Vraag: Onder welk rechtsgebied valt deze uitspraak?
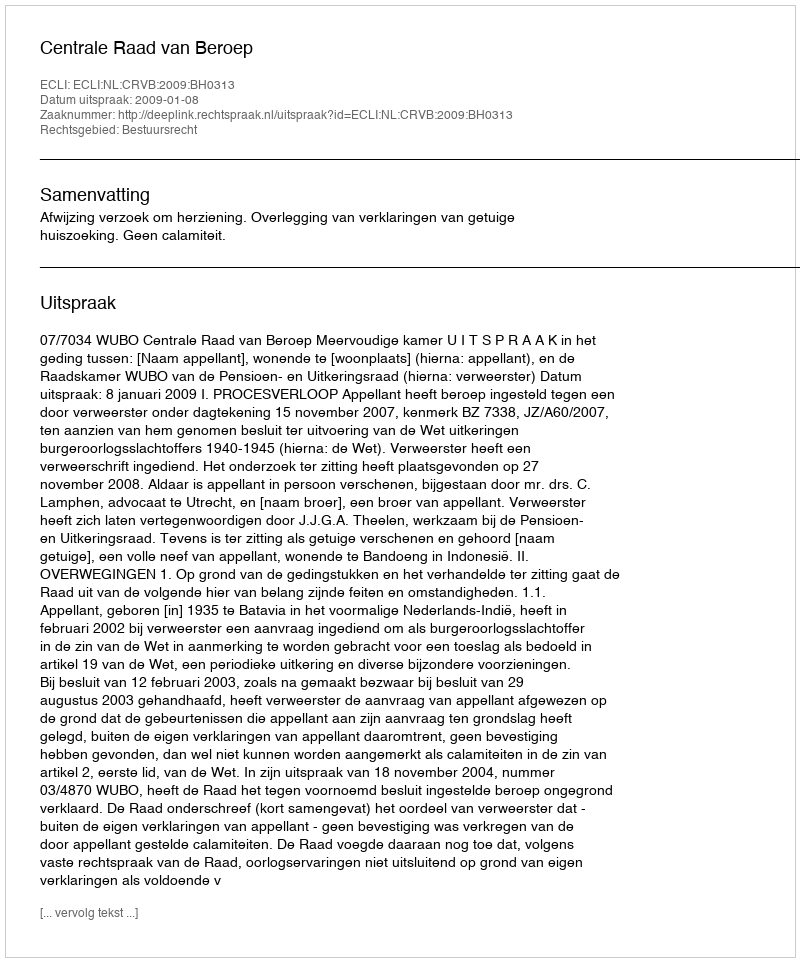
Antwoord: Bestuursrecht